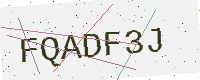
Text: FQADF3J